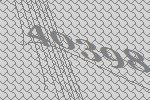
40398